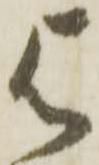
与